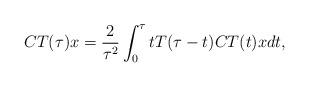
LaTeX: \begin{align*}CT(\tau )x = \frac{2}{\tau^2}\int_0^{\tau} t T(\tau-t) CT(t) x dt,\end{align*}